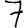
Digit: 7